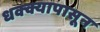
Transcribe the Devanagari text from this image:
धक्क्यापासून